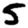
Digit: 5